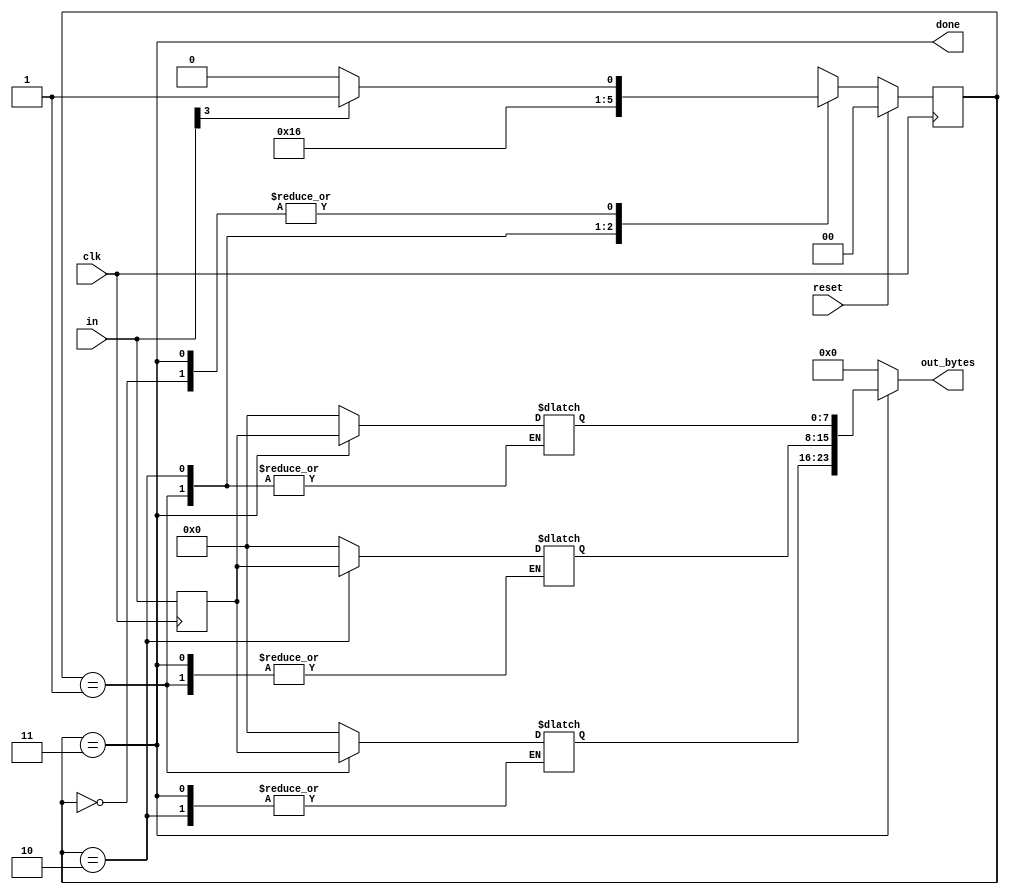
module top_module(
    input clk,
    input [7:0] in,
    input reset,    // Synchronous reset
    output [23:0] out_bytes,
    output done); //

    parameter IDLE=0,BYTE0=1,BYTE1=2,BYTE2=3;
    reg [1:0] state,next;
    reg [7:0] in1;
    wire [23:0] out_bytes1;
    
    always@(posedge clk)
        begin
            if(reset) state<=IDLE;
            else state<=next;
        end
    
    always@(*)
        begin
            case(state)
                IDLE: next = in[3]?BYTE0:IDLE;
                BYTE0:next = BYTE1;
                BYTE1:next = BYTE2;
                BYTE2:next = in[3]?BYTE0:IDLE;
            endcase
        end
   
    //说明：
    //在检测到输入有效（in[3]==1）的下一个周期，才进入BYTE0状态，而此时的输入in已经是第二个有效字节（BYTE2）
    //所以需要用寄存器暂存上一时钟周期的in值
    //上一时钟周期的in值与现在的byte状态相对应
    always@(posedge clk) in1<=in;
    
    always@(*)
        begin
            case(state)
                IDLE: out_bytes1 = 24'b0;
                BYTE0:out_bytes1[23:16]=in1;
                BYTE1:out_bytes1[15:8] =in1;
                BYTE2:out_bytes1[7:0]  =in1;
            endcase
        end

    assign done = (state==BYTE2);    
	assign out_bytes = done?out_bytes1:0;            
  

endmodule